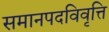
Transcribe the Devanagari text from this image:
समानपदविवृत्ति